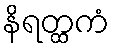
နိရတ္ထကံ